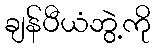
ချန်ပီယံဘွဲ့ကို